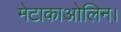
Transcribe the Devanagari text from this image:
मेटाकाओलिन।